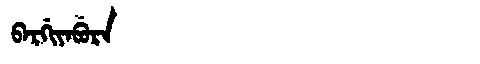
Manchu: ᠪᠠᡵᡤᡳᠶᠠᠪᡠᡵᠠ
Romanization: BARGIYABURA